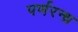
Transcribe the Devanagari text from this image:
पर्णरन्ध्र